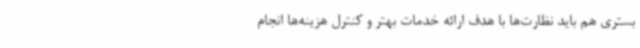
بستری هم باید نظارت‌ها با هدف ارائه خدمات بهتر و کنترل هزینه‌ها انجام